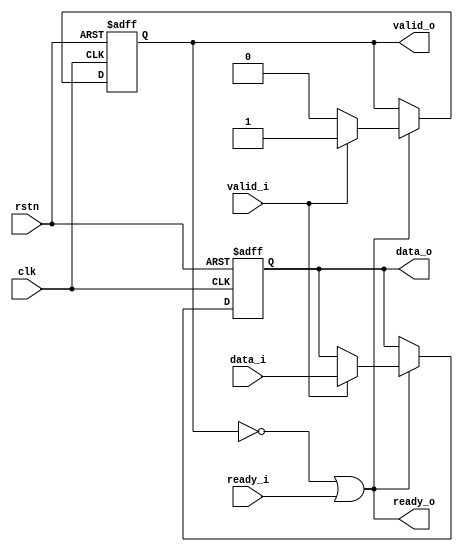
//2021-11-1 Yue H
//Bus handshake

`timescale 1ns/10ps
module handshake(
input                       clk,             
input                       rstn, 
          
input                       valid_i,
output                      ready_o,
input[3:0]                  data_i,  
             
output                      valid_o,
output reg[3:0]             data_o,              
input                       ready_i       
);

reg full;
wire wr_en;

always @(posedge clk or negedge rstn) begin
  if(~rstn) begin
    data_o<=0;full<=0;
  end
  else if (wr_en == 1'b1) begin
    if (valid_i == 1'b1) begin
     full <= 1 ;
	 data_o <= data_i;
    end
	else begin
	 full<=0;
	 data_o<=data_o;
	end
  end
  else begin
    full <= full;
	data_o<=data_o;
  end
end
  
assign wr_en=~full|ready_i;
assign valid_o=full;
assign ready_o=wr_en;

endmodule






module handshake_tb;
reg clk,rstn,valid_i,ready_i;
reg[3:0] data_i;
wire[3:0] data_o;
wire valid_o,ready_o;

handshake handshake(
                            .clk(clk),
			    .rstn(rstn), 
                            .valid_i(valid_i),
                            .ready_o(ready_o),
                            .data_i(data_i),  
                            .valid_o(valid_o),
                            .data_o(data_o),              
                            .ready_i(ready_i)
							);
							
initial begin
  clk<=0;rstn<=0;
  valid_i<=0;ready_i<=0;
  data_i<=0;
  #17 rstn<=1;
  
  #2000 $stop;
end

always #5 clk=~clk;
always #10 valid_i<=~valid_i;
always #50 data_i<=data_i+1;
always #30 ready_i<=~ready_i;


endmodule